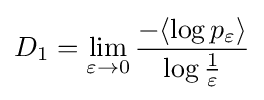
D_{1}=\lim _{\varepsilon \to 0}{\frac {-\langle \log p_{\varepsilon }\rangle }{\log {\frac {1}{\varepsilon }}}}